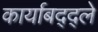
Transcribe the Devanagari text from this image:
कार्याबद्द्ले